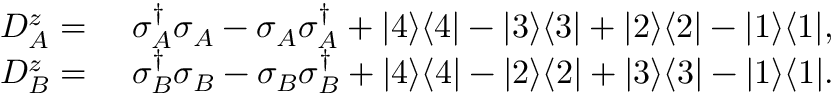
\begin{array} { r l } { D _ { A } ^ { z } = } & { ~ \sigma _ { A } ^ { \dagger } \sigma _ { A } - \sigma _ { A } \sigma _ { A } ^ { \dagger } + | 4 \rangle \langle 4 | - | 3 \rangle \langle 3 | + | 2 \rangle \langle 2 | - | 1 \rangle \langle 1 | , } \\ { D _ { B } ^ { z } = } & { ~ \sigma _ { B } ^ { \dagger } \sigma _ { B } - \sigma _ { B } \sigma _ { B } ^ { \dagger } + | 4 \rangle \langle 4 | - | 2 \rangle \langle 2 | + | 3 \rangle \langle 3 | - | 1 \rangle \langle 1 | . } \end{array}